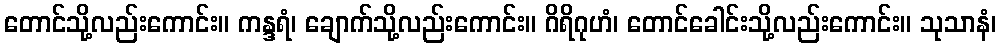
တောင်သို့လည်းကောင်း။ ကန္ဒရံ၊ ချောက်သို့လည်းကောင်း။ ဂိရိဂုဟံ၊ တောင်ခေါင်းသို့လည်းကောင်း။ သုသာနံ၊